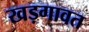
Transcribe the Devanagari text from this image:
खड़गावत